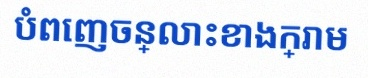
បំពេញចន្លោះខាងក្រោម